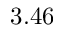
3 . 4 6